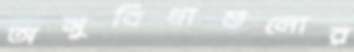
অসুবিধাগুলোর